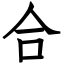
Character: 合